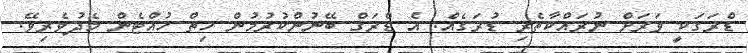
ޑްރަގަކީ ވަރަށް ނުރައްކާތެރި ޑުރަގެއް. އެ ޑްރަގް ބޭނުންކުރުމުން ހިތް ހުއްޓެން މެދުވެރިވޭ.